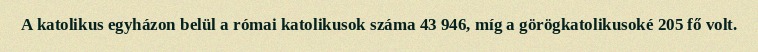
A katolikus egyházon belül a római katolikusok száma 43 946, míg a görögkatolikusoké 205 fő volt.